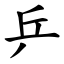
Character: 乒